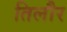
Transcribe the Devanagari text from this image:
तिलौर